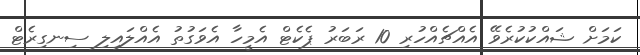
ކަމަށް ޝައްކުކުރެވޭ އެއްޗެއްހުރި 10 ރަބަރު ޕެކެޓް އެމީހާ އެވަގުތު އެއްލައިލި ސިނގިރެޓް